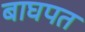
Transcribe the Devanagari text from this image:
बाघपत